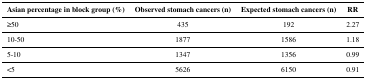
<table><thead><tr><td><b>Asian percentage in block group (%)</b></td><td><b>Observed stomach cancers (n)</b></td><td><b>Expected stomach cancers (n)</b></td><td><b>RR</b></td></tr></thead><tbody><tr><td>≥50</td><td>435</td><td>192</td><td>2.27</td></tr><tr><td>10-50</td><td>1877</td><td>1586</td><td>1.18</td></tr><tr><td>5-10</td><td>1347</td><td>1356</td><td>0.99</td></tr><tr><td>&lt;5</td><td>5626</td><td>6150</td><td>0.91</td></tr></tbody></table>